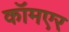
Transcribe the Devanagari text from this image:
कॉमएर